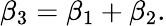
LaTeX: \beta_{3}=\beta_{1}+\beta_{2}.